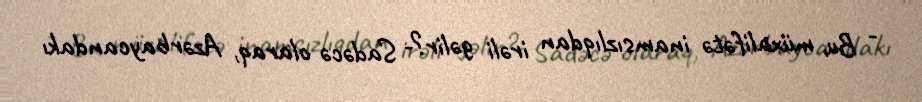
- Bu, müxalifətə inamsızlıqdan irəli gəlir?- Sadəcə olaraq, Azərbaycandakı